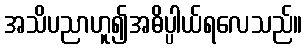
အသိပညာဟူ၍အဓိပ္ပါယ်ရလေသည်။